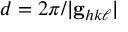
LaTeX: d = 2 \pi / | \mathbf { g } _ { h k \ell } |